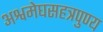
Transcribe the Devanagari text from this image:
अश्वमेघसहत्रपुण्य